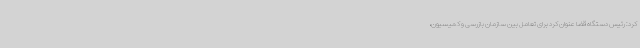
کرد: رئیس دستگاه قضا عنوان کرد برای تعامل بین سازمان بازرسی و کمیسیون،